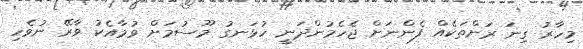
މިހާރު ގިނަ ރަށްތަކެއް ފެންނަށް ޖެހެމުންދަނީ ހުޅަނގު މޫސުމަށް ވުމާއެކު ވާރޭ ނުވެހި